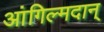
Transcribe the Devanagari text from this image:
आंगिल्मदान्